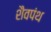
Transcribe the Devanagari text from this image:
शैवपंथ